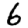
Digit: 6